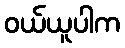
ဝယ်ယူပါက